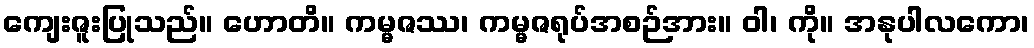
ကျေးဇူးပြုသည်။ ဟောတိ။ ကမ္မဇဿ၊ ကမ္မဇရုပ်အစဉ်အား။ ဝါ၊ ကို။ အနုပါလကော၊